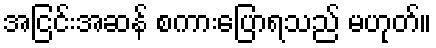
အငြင်းအဆန် စကားပြောရသည် မဟုတ်။